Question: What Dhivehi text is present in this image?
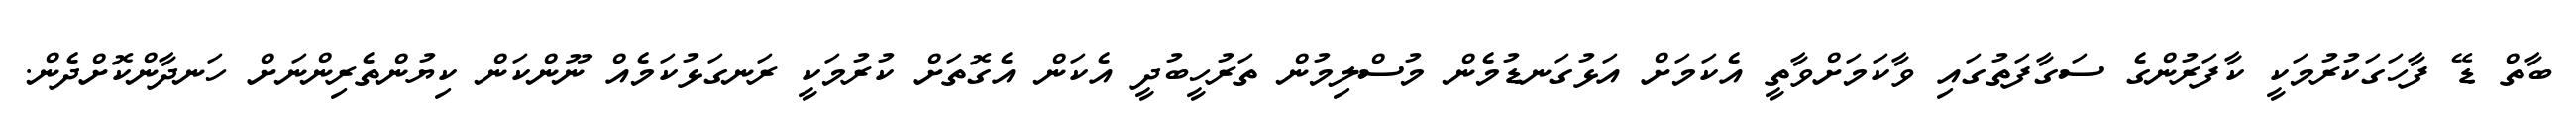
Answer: ބާތް ޑޭ ފާހަގަކުރުމަކީ ކާފަރުންގެ ސަގާފަތުގައި ވާކަމަށްވާތީ އެކަމަށް އަޅުގަނޑުމެން މުސްލިމުން ތަރުހީބުދީ އެކަން އެގޮތަށް ކުރުމަކީ ރަނގަޅުކަމެއް ނޫންކަން ކިޔުންތެރިންނަށް ހަނދާންކޮށްދެން.